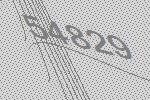
54829